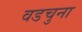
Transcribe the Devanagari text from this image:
वडचुना